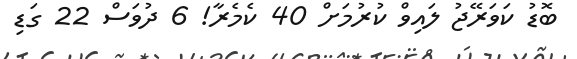
ބޮޑު ކަވަރޭޖު ލައިވް ކުރުމަށް 40 ކެމެރާ! 6 ދުވަސް 22 ގަޑި